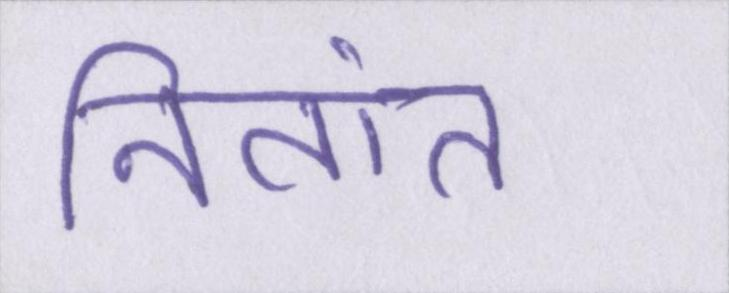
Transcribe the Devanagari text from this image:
नितांत